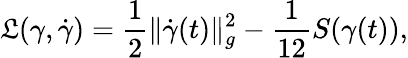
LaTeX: \mathfrak{L}(\gamma,\dot{{\gamma}})=\frac{{1}}{{2}}\| \dot{{\gamma}}(t)\| _{g}^{2}-\frac{{1}}{{12}}S(\gamma(t)),